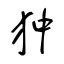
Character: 狆